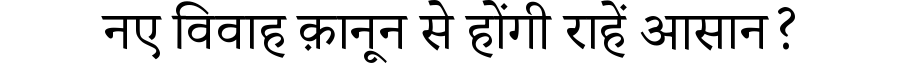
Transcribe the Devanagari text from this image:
नए विवाह क़ानून से होंगी राहें आसान?